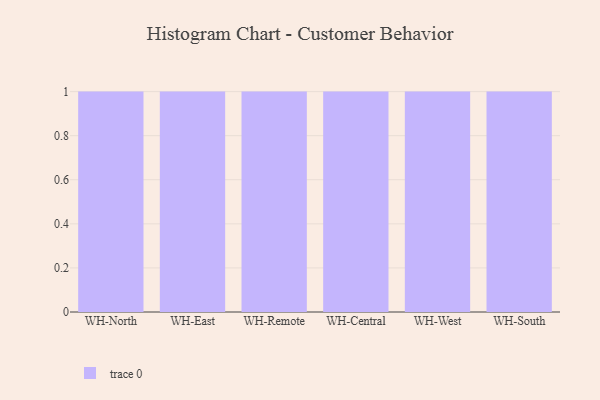
{"axis": {"x": "Warehouse", "y": "Energy Usage (MWh)"}, "legend": [""], "data": [{"x": "WH-North", "y": 85, "type": ""}, {"x": "WH-East", "y": 17, "type": ""}, {"x": "WH-Remote", "y": 16, "type": ""}, {"x": "WH-Central", "y": 94, "type": ""}, {"x": "WH-West", "y": 75, "type": ""}, {"x": "WH-South", "y": 84, "type": ""}]}